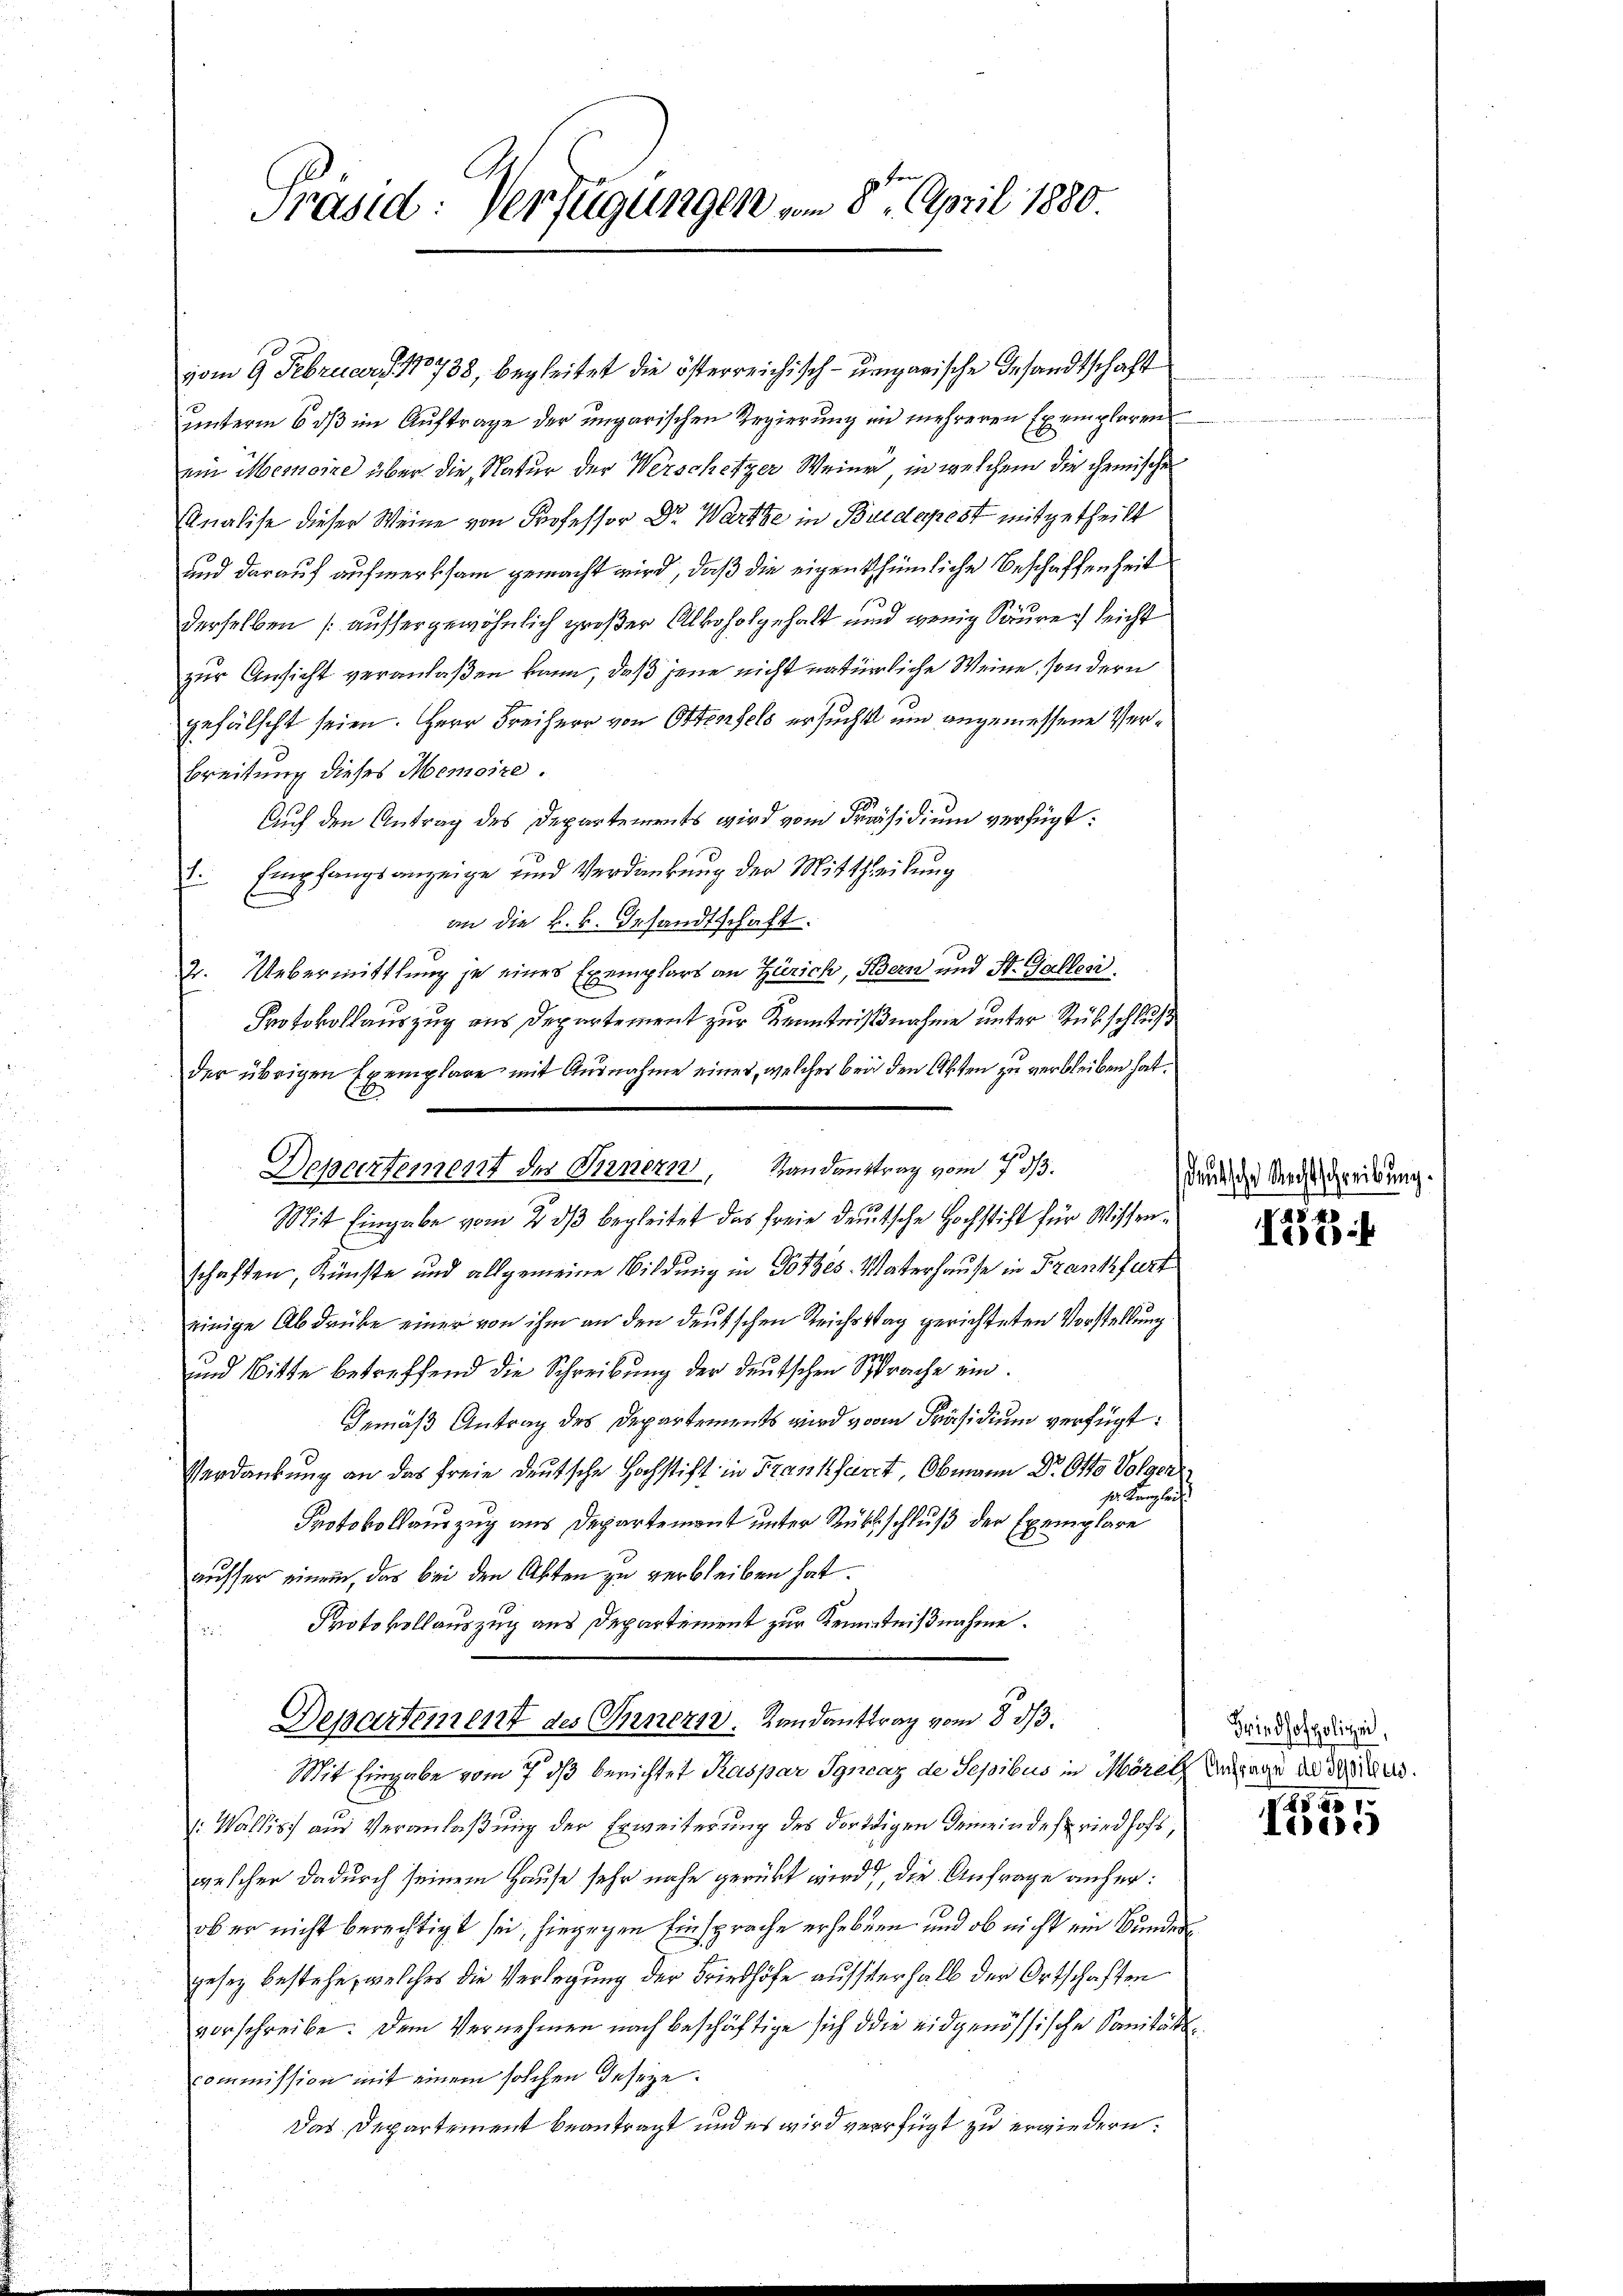
Präsid. Verfügungen vom 8ten April 1880

vom 9. Februar J. 178738, begleitet die österreichisch-ungarische Gesandtschaft
unterm 6 dß im Auftrage der ungarischen Regierung in mehreren Exemplarensein Memoire über die Natur der Werschetzer Weiner in welchem die chemischen
Unalise dieser Weine von Professor Dr. Wartze in Budapest mitgetheilt
und darauf aufmerksam gemacht wird, daß die eigenthümliche Beschaffenheit
derselben (aussergewöhnlich großer Alkoholgehalt und wenig Säure leicht
zur Ansicht veranlaßen kann, daß jene nicht natürliche Weine, sondern
gefälscht seien. Herr Freiherr von Ostenfels ersucht und angemessene Ver¬
Breitung dieses Memoire.
Auf den Antrag des Departements wird vom Präsidium verfügt:
. Empfangsanzeige und Verdankung der Mittheilung
an die k.k. Gesandtschaft.
2. Uebermittlung je eines Exemplars an Zürich, Bern und St. Galleri
Protokollauszug aus Departement zur Kenntnißnahme unter Rübschluß
der übrigen Exemplare mit Ausnahme einer, welcher bei den Akten zu verbleiben hat.
Mit Eingabe vom 2. dβ begleitet das freie deutsche Hochstift für Wissenschaften, Künste und allgemeine Bildung in Gotzes Vaterhause in Frankfurt
einige Abdrücke einer von ihm an den deutschen Reichstag gerichteten Vorstellung.
und Bitte betreffend die Schreibung der deutschen Sprache ein¬
Gemäß Antrag des Departements wird vom Präsidium verfügt:
Verdankung an das freie deutsche Hochstift in Frankfurt, Obmann Dr. Otto Volger
s. Kanzlei
Protokollauszug aus Departement unter Rüksschluß der Exemplare
ausser einem, das bei den Akten zu verbleiben hat.
Protokollauszug aus Departement zur Kenntnißnahme.

Departement des Innern. Landantrag vom 8 1/3.
Mit Eingabe vom 7. ds berichtet Kaspar Igncaz de Sepibus in Moral Bezuge die Widers.
v. Wallis aus Veranlaßung der Erweiterung des dortigen Gemeindesriedhofs,
geschen dadurch seinem Hause sehr nahe gerübt wird, die Anfrage anher:
ob er nicht berechtigt sei, hiegegen Einsprache erhebenen und ob nicht ein Bunden
gesez bestehe, welches die Verlegung der Friedhöfe aufsterhalb der Ortschaften
vorschreibe. Dem Vernehmen nach beschäftige sich die eidgenössische Sanitätscommission mit einem solchen Geseze
Das Departement beantragt und es wird verfügt zu erwiedern.

Departement des Bernern, Randantrag vom 7 3/3.

deutsche Rechtschreibung.

4540
Adi

Friedhofpolizei,

25. 231.
Teese